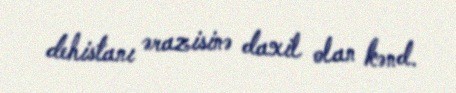
dehistanı ərazisinə daxil olan kənd.